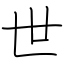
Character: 世